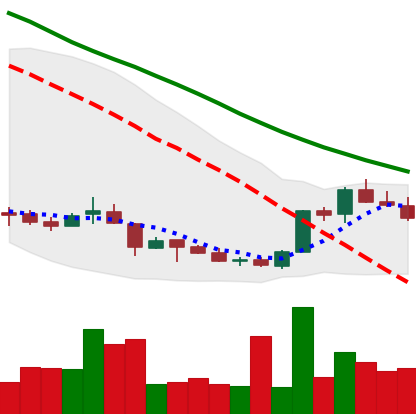
Ticker: LINK-USD
Chart end date: 2018-07-05
Forward return: -3.353%
Label: down_3_5